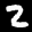
Label: 2